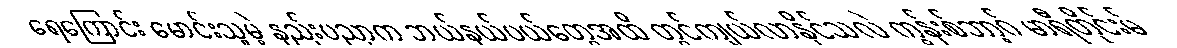
ရေကြောင်း မောင်းသူမဲ့ နည်းပညာက ဘယ်နယ်ပယ်တွေအထိ တွင်ကျယ်လာနိုင်သလဲ ကွန်းစ်ဘာ့ဂ် မာရီတိုင်းမ်